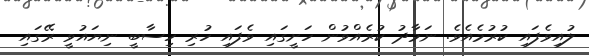
ލުއިވެފައި ކުރުމެއެވެ. ނަމާދު ކުރެއްވުން ހަށީގައި ވެފައި ހުރި ހިސާބީ ނިޔައުވީ ރޭގައި